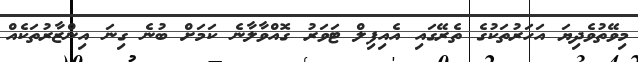
މިވޭތުވެދިޔަ އަހަރުތަކުގެ ތެރޭގައި އެއިފިލް ޓަވަރު ގޮއްވާލާނެ ކަމަށް ބުނެ ގިނަ އިންޒާރުތަކެއް